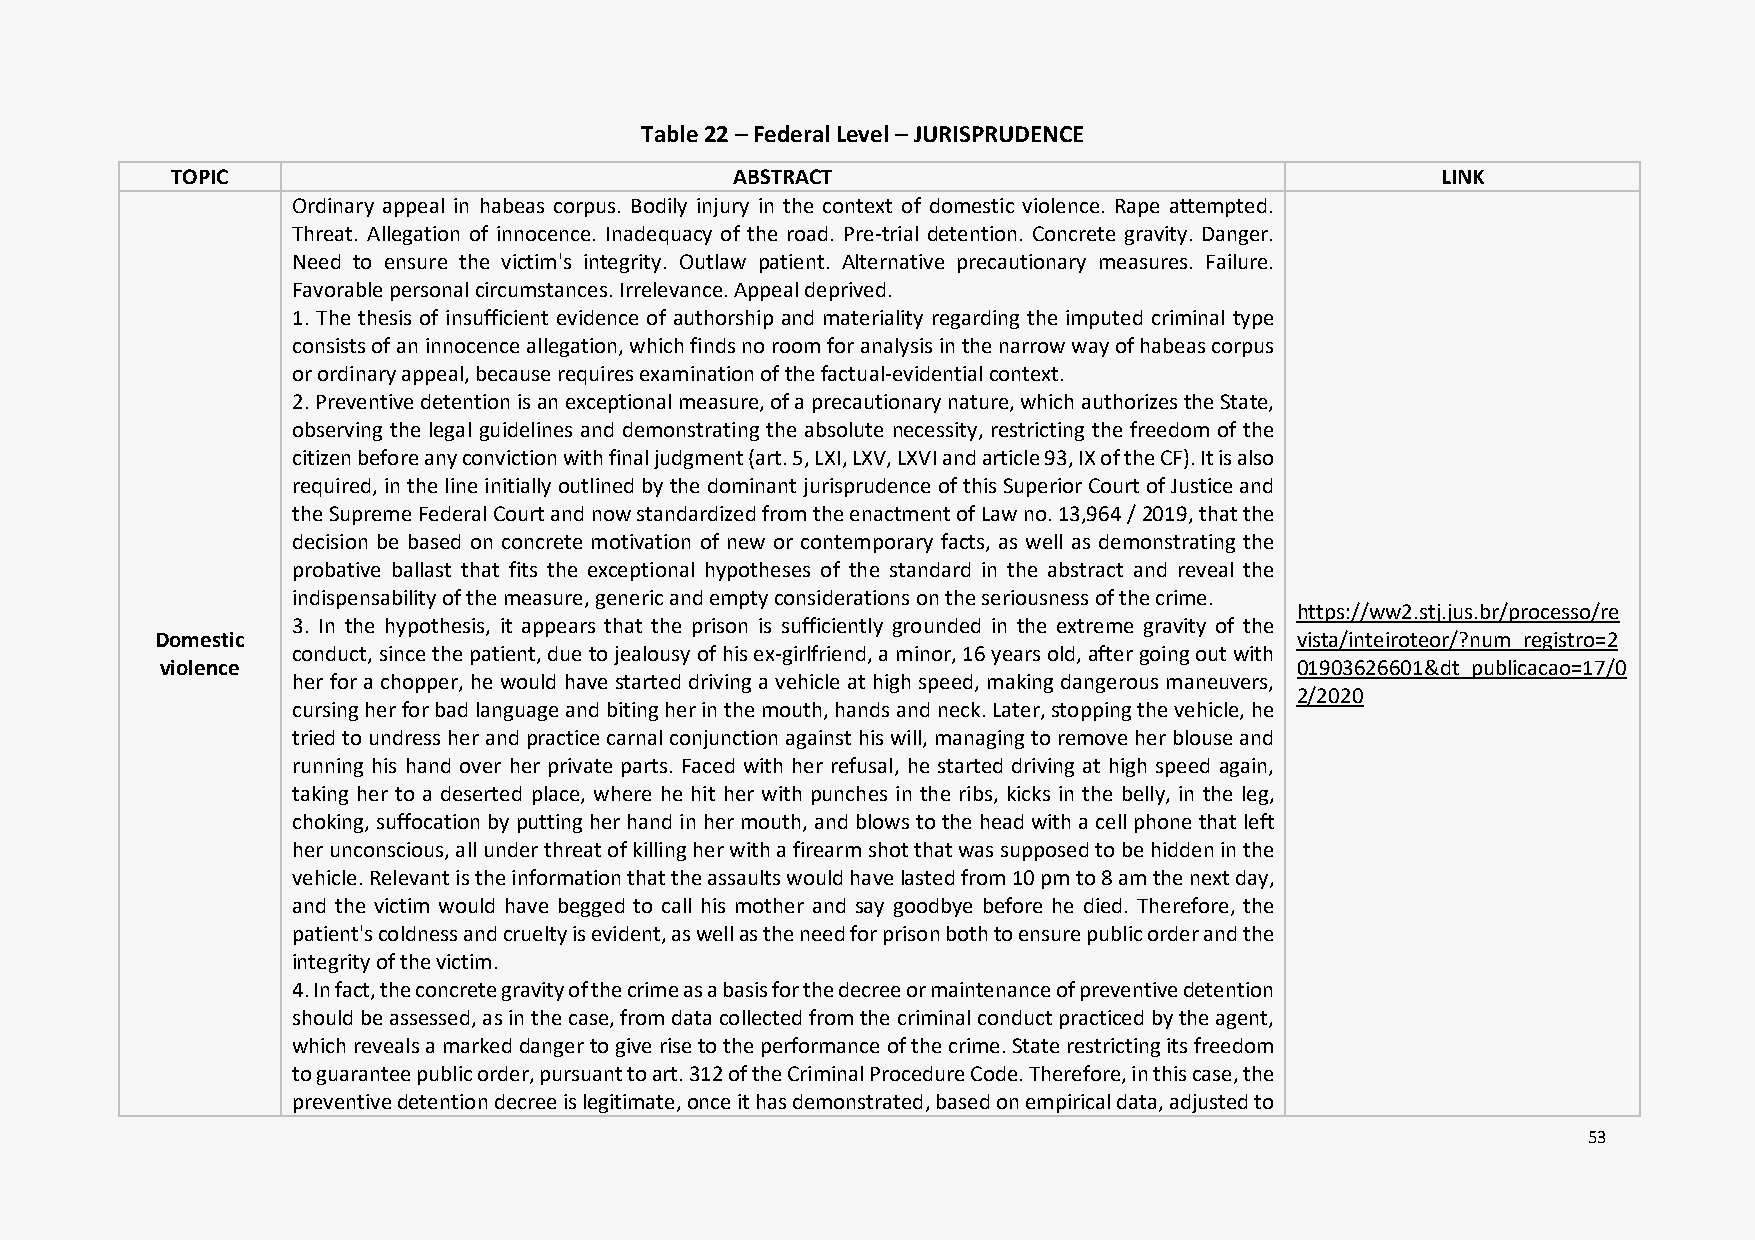
Table 22 – Federal Level – JURISPRUDENCE
 TOPIC                                 ABSTRACT                                      LINK
 Ordinary appeal in habeas corpus. Bodily injury in the context of domestic violence. Rape attempted.
 Threat. Allegation of innocence. Inadequacy of the road. Pre-trial detention. Concrete gravity. Danger.
 Need to ensure the victim's integrity. Outlaw patient. Alternative precautionary measures. Failure.
 Favorable personal circumstances. Irrelevance. Appeal deprived.
 1. The thesis of insufficient evidence of authorship and materiality regarding the imputed criminal type
 consists of an innocence allegation, which finds no room for analysis in the narrow way of habeas corpus
 or ordinary appeal, because requires examination of the factual-evidential context.
 2. Preventive detention is an exceptional measure, of a precautionary nature, which authorizes the State,
 observing the legal guidelines and demonstrating the absolute necessity, restricting the freedom of the
 citizen before any conviction with final judgment (art. 5, LXI, LXV, LXVI and article 93, IX of the CF). It is also
 required, in the line initially outlined by the dominant jurisprudence of this Superior Court of Justice and
 the Supreme Federal Court and now standardized from the enactment of Law no. 13,964 / 2019, that the
 decision be based on concrete motivation of new or contemporary facts, as well as demonstrating the
 probative ballast that fits the exceptional hypotheses of the standard in the abstract and reveal the
 indispensability of the measure, generic and empty considerations on the seriousness of the crime.
 https://ww2.stj.jus.br/processo/re
 3. In the hypothesis, it appears that the prison is sufficiently grounded in the extreme gravity of the
 Domestic                                                                    vista/inteiroteor/?num_registro=2
 conduct, since the patient, due to jealousy of his ex-girlfriend, a minor, 16 years old, after going out with
 violence                                                                   01903626601&dt_publicacao=17/0
 her for a chopper, he would have started driving a vehicle at high speed, making dangerous maneuvers,
 2/2020
 cursing her for bad language and biting her in the mouth, hands and neck. Later, stopping the vehicle, he
 tried to undress her and practice carnal conjunction against his will, managing to remove her blouse and
 running his hand over her private parts. Faced with her refusal, he started driving at high speed again,
 taking her to a deserted place, where he hit her with punches in the ribs, kicks in the belly, in the leg,
 choking, suffocation by putting her hand in her mouth, and blows to the head with a cell phone that left
 her unconscious, all under threat of killing her with a firearm shot that was supposed to be hidden in the
 vehicle. Relevant is the information that the assaults would have lasted from 10 pm to 8 am the next day,
 and the victim would have begged to call his mother and say goodbye before he died. Therefore, the
 patient's coldness and cruelty is evident, as well as the need for prison both to ensure public order and the
 integrity of the victim.
 4. In fact, the concrete gravity of the crime as a basis for the decree or maintenance of preventive detention
 should be assessed, as in the case, from data collected from the criminal conduct practiced by the agent,
 which reveals a marked danger to give rise to the performance of the crime. State restricting its freedom
 to guarantee public order, pursuant to art. 312 of the Criminal Procedure Code. Therefore, in this case, the
 preventive detention decree is legitimate, once it has demonstrated, based on empirical data, adjusted to
 53